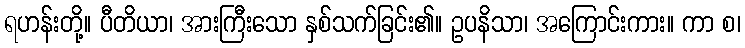
ရဟန်းတို့။ ပီတိယာ၊ အားကြီးသော နှစ်သက်ခြင်း၏။ ဥပနိသာ၊ အကြောင်းကား။ ကာ စ၊